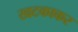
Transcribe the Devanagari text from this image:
खटकाकर